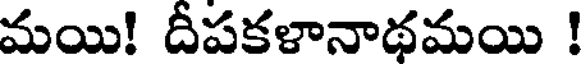
మయి! దీపకళానాథమయి !